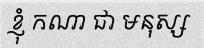
ខ្ញុំ កណា ជា មនុស្ស